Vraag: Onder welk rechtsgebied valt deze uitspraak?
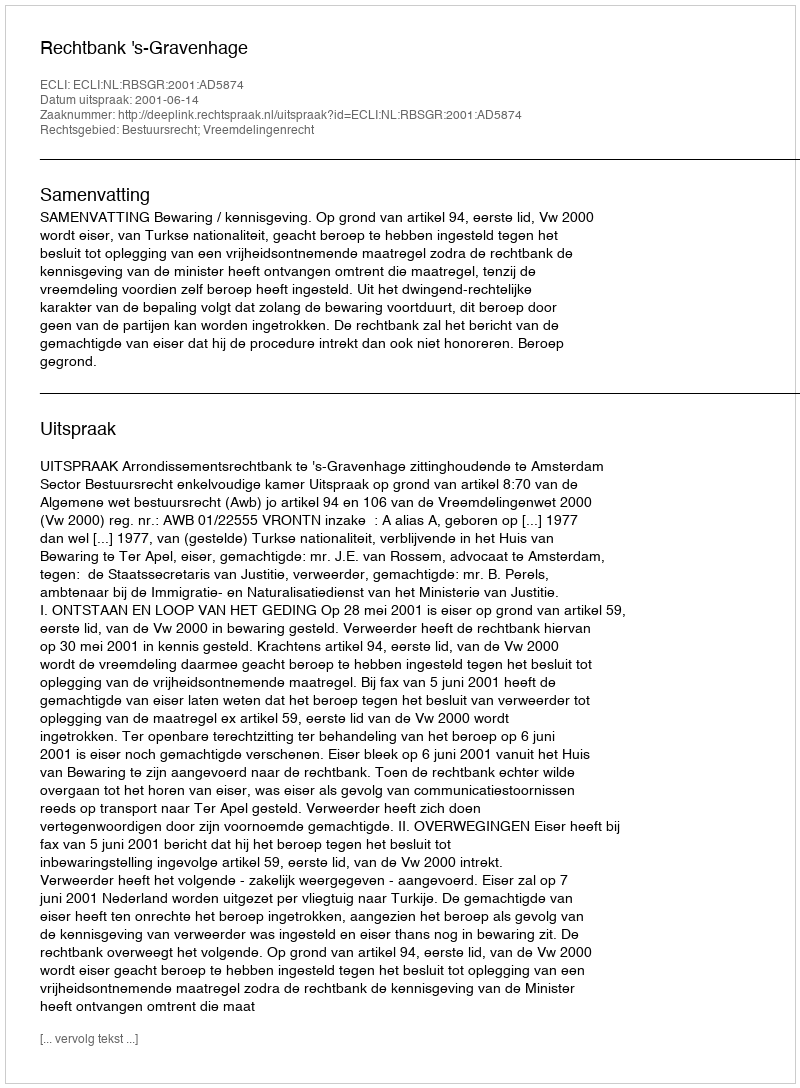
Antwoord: Bestuursrecht; Vreemdelingenrecht